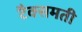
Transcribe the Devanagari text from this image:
टैक्समती